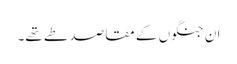
ان جنگوں کے مقاصد طے تھے۔